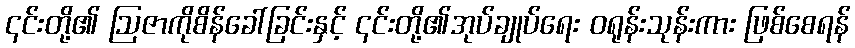
၎င်းတို့၏ ဩဇာကိုစိန်ခေါ်ခြင်းနှင့် ၎င်းတို့၏အုပ်ချုပ်ရေး ဝရုန်းသုန်းကား ဖြစ်စေရန်